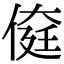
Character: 𠋽